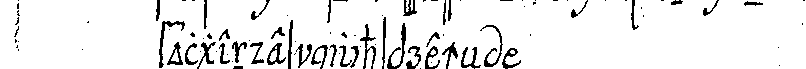
folgendes nachsprecheN